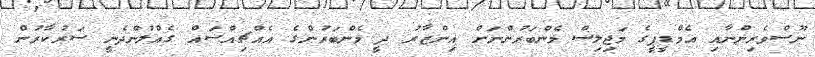
ނޫސްވެރިންނާއި އެމްޑީޕީގެ މަޖިލިސް މެންބަރުންނަށް އިންޒާރު ދީ މެންބަރުންގެ އެއްޗިއްސައް ގެއްލުންދެނީ ސަރުކާރުން